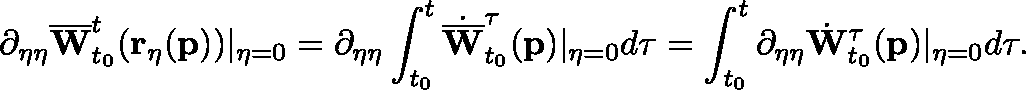
\partial _ { \eta \eta } \overline { { \mathbf { W } } } _ { t _ { 0 } } ^ { t } ( \mathbf { r _ { \eta } } ( \mathbf { p } ) ) \vert _ { \eta = 0 } = \partial _ { \eta \eta } \int _ { t _ { 0 } } ^ { t } \dot { \overline { { \mathbf { W } } } } _ { t _ { 0 } } ^ { \tau } ( \mathbf { p } ) \vert _ { \eta = 0 } d \tau = \int _ { t _ { 0 } } ^ { t } \partial _ { \eta \eta } \dot { \mathbf { W } } _ { t _ { 0 } } ^ { \tau } ( \mathbf { p } ) \vert _ { \eta = 0 } d \tau .